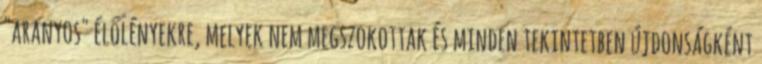
"aranyos" élőlényekre, melyek nem megszokottak és minden tekintetben újdonságként